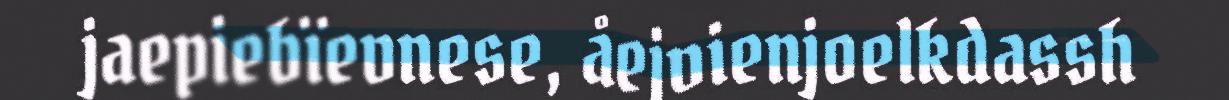
jaepiebïevnese, åejvienjoelkdassh